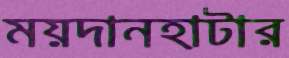
ময়দানহাটার